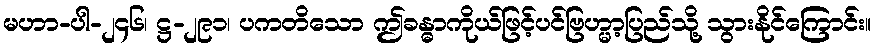
မဟာ-ပါ-၂၄၆၊ ဋ္ဌ-၂၉၁၊ ပကတိသော ဤခန္ဓာကိုယ်ဖြင့်ပင်ဗြဟ္မာ့ပြည်သို့ သွားနိုင်ကြောင်း။